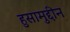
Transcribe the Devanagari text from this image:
हुसामुद्दीन